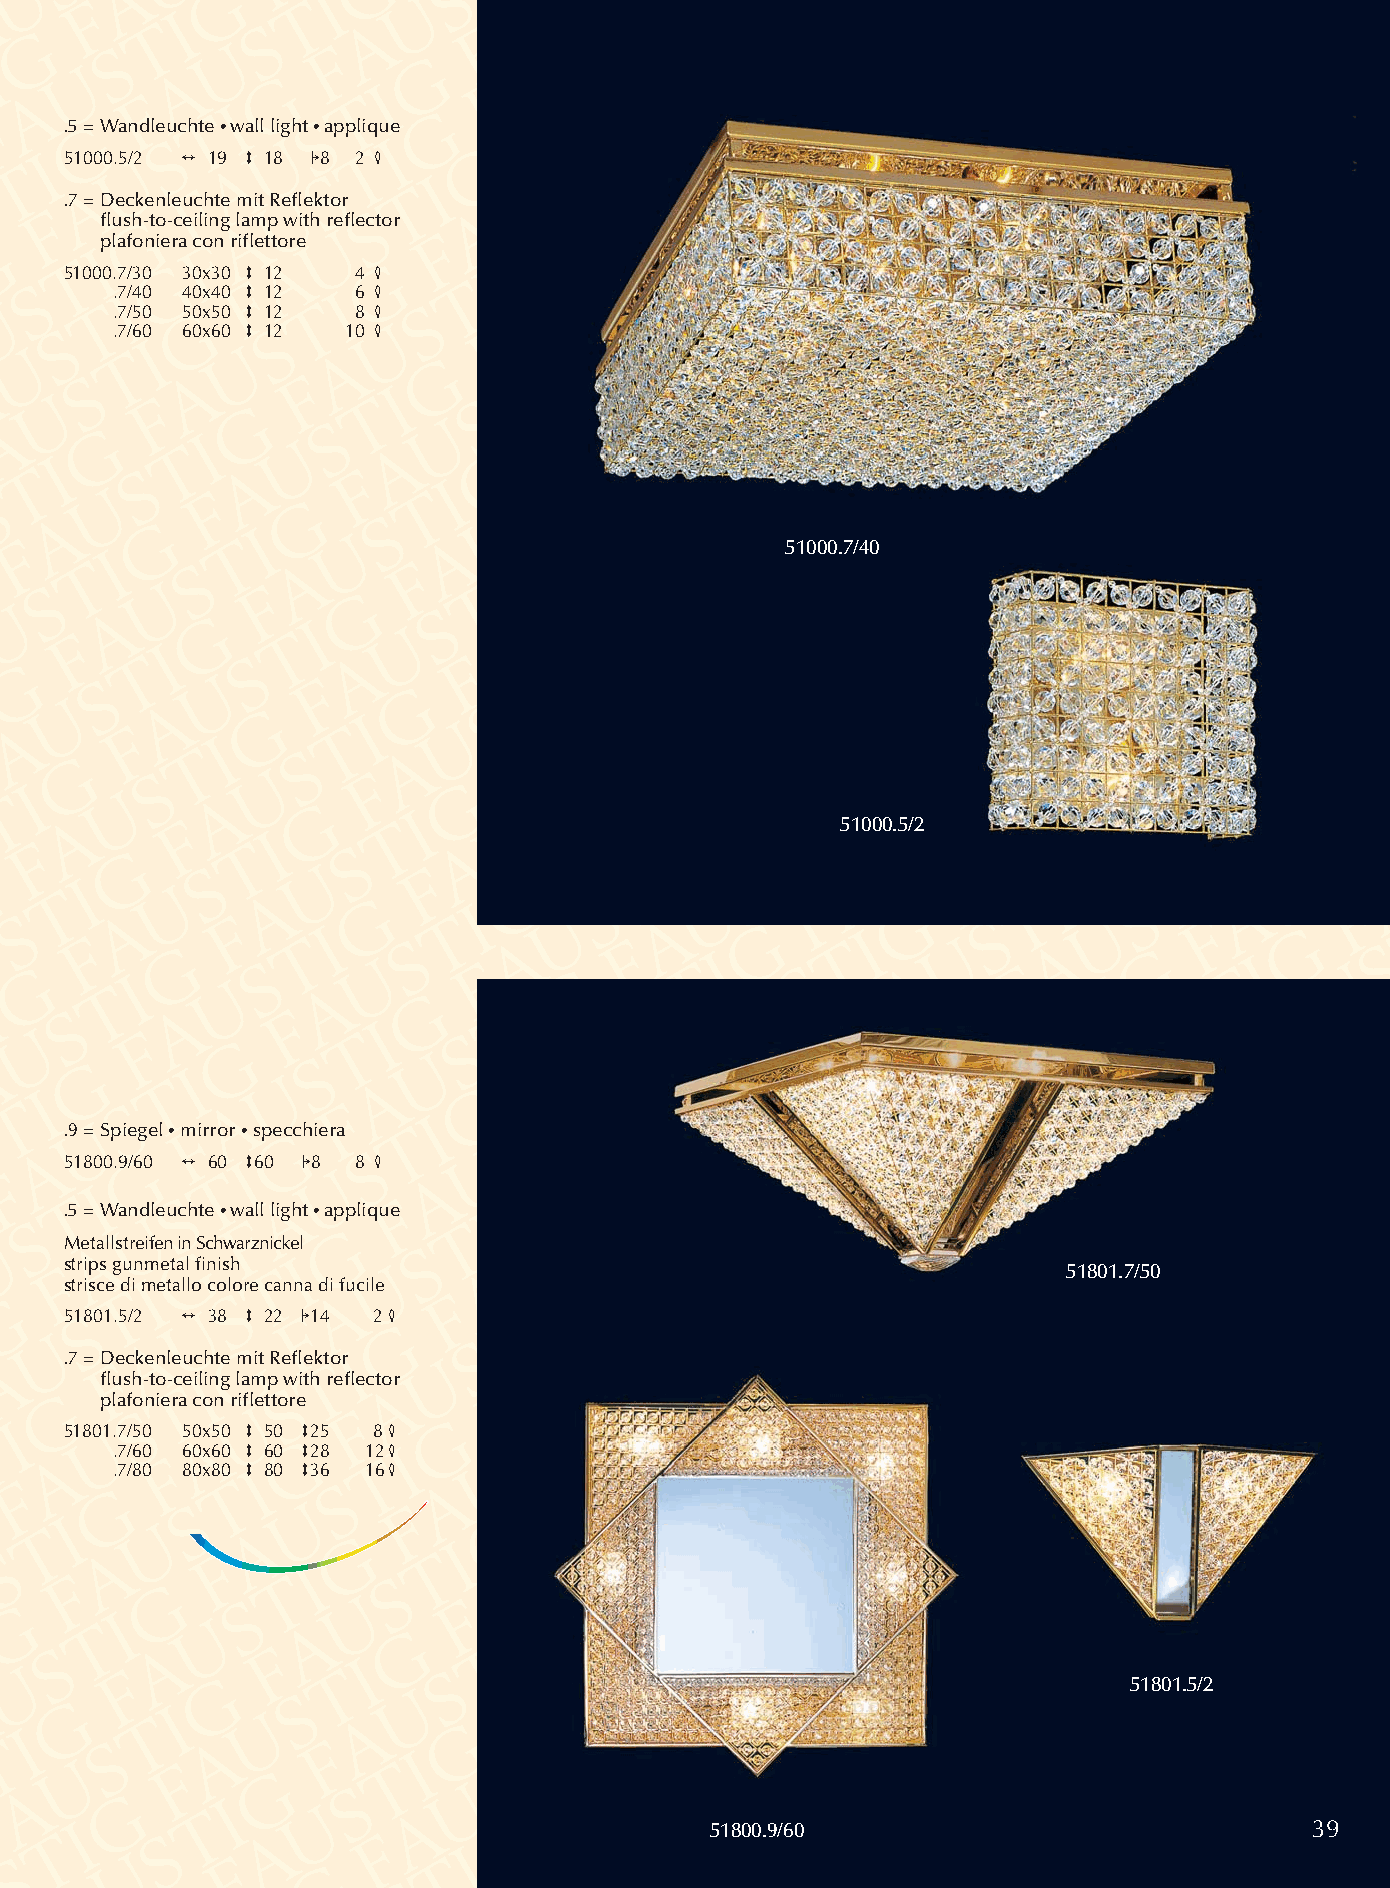
.5 = Wandleuchte •wall light •applique
 51000.5/2 2 19 3 18 18 2 4
 .7 =Deckenleuchte mit Reflektor
 flush-to-ceiling lamp with reflector
 plafoniera con riflettore
 51000.7/30 30x30 3 12 4 4
 .7/40 40x40 3 12 6 4
 .7/50 50x50 3 12 8 4
 .7/60 60x60 3 12 10 4
 51000.7/40
 51000.5/2
 .9 = Spiegel •mirror •specchiera
 51800.9/60 2 60 360 18 8 4
 .5 = Wandleuchte •wall light •applique
 Metallstreifen in Schwarznickel
 strips gunmetal finish
 51801.7/50
 strisce di metallo colore canna di fucile
 51801.5/2 2 38 3 22 114 24
 .7 =Deckenleuchte mit Reflektor
 flush-to-ceiling lamp with reflector
 plafoniera con riflettore
 51801.7/50 50x50 3 50 325 84
 .7/60 60x60 3 60 328 124
 .7/80 80x80 3 80 336 164
 51801.5/2
 51800.9/60                              39